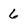
Character: 6